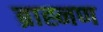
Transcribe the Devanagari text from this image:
ब्राह्नण